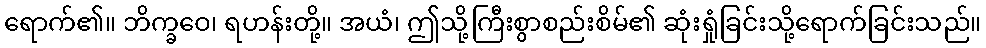
ရောက်၏။ ဘိက္ခဝေ၊ ရဟန်းတို့။ အယံ၊ ဤသို့ကြီးစွာစည်းစိမ်၏ ဆုံးရှုံခြင်းသို့ရောက်ခြင်းသည်။